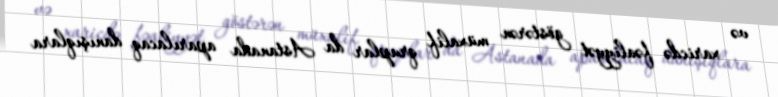
və xaricdə fəaliyyət göstərən müxalif qruplar da Astanada aparılacaq danışıqlara